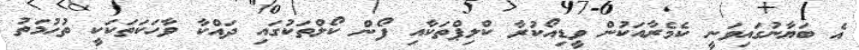
އެ ބަޔާނުގައިވަނީ ކެމެރާއަކުން ވީޑިއޯކުރާ ކްލިޕްތަކާއި ފޯން ކޯލްތަކުގައި ދައްކާ ވާހަކަތަކަކީ ތުހުމަތު